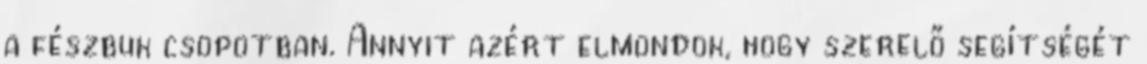
a fészbuk csopotban. Annyit azért elmondok, hogy szerelő segítségét